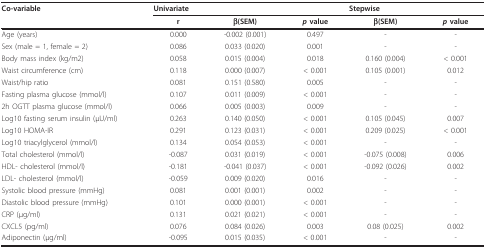
<table><thead><tr><td><b>Co-variable</b></td><td colspan="3"><b>Univariate</b></td><td colspan="2"><b>Stepwise</b></td></tr><tr><td></td><td><b>r</b></td><td><b>β(SEM)</b></td><td><b><i>p </i>value</b></td><td><b>β(SEM)</b></td><td><b><i>p </i>value</b></td></tr></thead><tbody><tr><td>Age (years)</td><td>0.000</td><td>-0.002 (0.001)</td><td>0.497</td><td>-</td><td>-</td></tr><tr><td>Sex (male = 1, female = 2)</td><td>0.086</td><td>0.033 (0.020)</td><td>0.001</td><td>-</td><td>-</td></tr><tr><td>Body mass index (kg/m2)</td><td>0.058</td><td>0.015 (0.004)</td><td>0.018</td><td>0.160 (0.004)</td><td>&lt; 0.001</td></tr><tr><td>Waist circumference (cm)</td><td>0.118</td><td>0.000 (0.007)</td><td>&lt; 0.001</td><td>0.105 (0.001)</td><td>0.012</td></tr><tr><td>Waist/hip ratio</td><td>0.081</td><td>0.151 (0.580)</td><td>0.005</td><td>-</td><td>-</td></tr><tr><td>Fasting plasma glucose (mmol/l)</td><td>0.107</td><td>0.011 (0.009)</td><td>&lt; 0.001</td><td>-</td><td>-</td></tr><tr><td>2h OGTT plasma glucose (mmol/l)</td><td>0.066</td><td>0.005 (0.003)</td><td>0.009</td><td>-</td><td>-</td></tr><tr><td>Log10 fasting serum insulin (μU/ml)</td><td>0.263</td><td>0.140 (0.050)</td><td>&lt; 0.001</td><td>0.105 (0.045)</td><td>0.007</td></tr><tr><td>Log10 HOMA-IR</td><td>0.291</td><td>0.123 (0.031)</td><td>&lt; 0.001</td><td>0.209 (0.025)</td><td>&lt; 0.001</td></tr><tr><td>Log10 triacylglycerol (mmol/l)</td><td>0.134</td><td>0.054 (0.053)</td><td>&lt; 0.001</td><td>-</td><td>-</td></tr><tr><td>Total cholesterol (mmol/l)</td><td>-0.087</td><td>0.031 (0.019)</td><td>&lt; 0.001</td><td>-0.075 (0.008)</td><td>0.006</td></tr><tr><td>HDL- cholesterol (mmol/l)</td><td>-0.181</td><td>-0.041 (0.037)</td><td>&lt; 0.001</td><td>-0.092 (0.026)</td><td>0.002</td></tr><tr><td>LDL- cholesterol (mmol/l)</td><td>-0.059</td><td>0.009 (0.020)</td><td>0.016</td><td>-</td><td>-</td></tr><tr><td>Systolic blood pressure (mmHg)</td><td>0.081</td><td>0.001 (0.001)</td><td>0.002</td><td>-</td><td>-</td></tr><tr><td>Diastolic blood pressure (mmHg)</td><td>0.101</td><td>0.000 (0.001)</td><td>&lt; 0.001</td><td>-</td><td>-</td></tr><tr><td>CRP (μg/ml)</td><td>0.131</td><td>0.021 (0.021)</td><td>&lt; 0.001</td><td>-</td><td>-</td></tr><tr><td>CXCL5 (pg/ml)</td><td>0.076</td><td>0.084 (0.026)</td><td>0.003</td><td>0.08 (0.025)</td><td>0.002</td></tr><tr><td>Adiponectin (μg/ml)</td><td>-0.095</td><td>0.015 (0.035)</td><td>&lt; 0.001</td><td>-</td><td>-</td></tr></tbody></table>